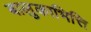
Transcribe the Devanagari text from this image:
बालुकाभित्ति